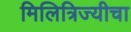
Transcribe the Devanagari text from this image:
मिलित्रिज्यीचा